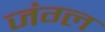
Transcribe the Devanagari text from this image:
जंग्ल